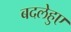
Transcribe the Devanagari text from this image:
बदलेहुए